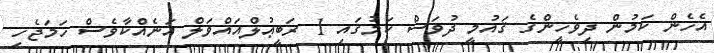
އެހެން ކަމުން ދިވެހީންގެ ޤައުމީ ދުވަސް ކަމުގައި 1 ރަބީޢުލްއައްވަލް އަނެއްކާވެސް ހަމަޖެހި